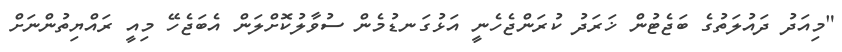
"މިއަދު ދައުލަތުގެ ބަޖެޓުން ޚަރަދު ކުރަންޖެހެނީ އަޅުގަނޑުމެން ސުވާލުކޮށްލަން އެބަޖެހޭ މިއީ ރައްޔިތުންނަށް